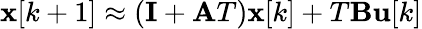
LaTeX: \mathbf{x}[k+1]\approx(\mathbf{I}+\mathbf{A}T)\mathbf{x}[k]+T\mathbf{B}\mathbf{u}[k]